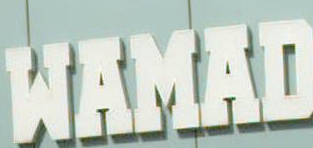
MAMAND